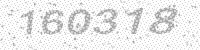
Solution: 160318